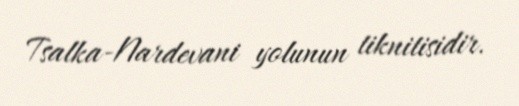
Tsalka-Nardevani yolunun tiknitisidir.